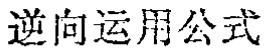
逆向运用公式